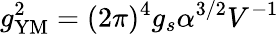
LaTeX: g_{\mathrm{YM}}^{2}=(2\pi)^{4}g_{s}\alpha^{3/2}V^{-1}